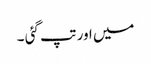
میں اور تپ گئی ۔